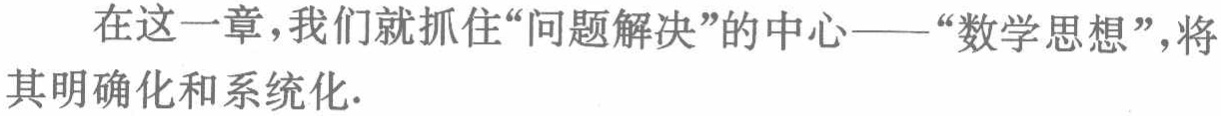
在这一章，我们就抓住“问题解决”的中心——“数学思想”，将其明确化和系统化.